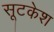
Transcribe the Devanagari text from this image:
सूटकेश